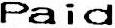
PAID